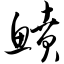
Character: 鲼